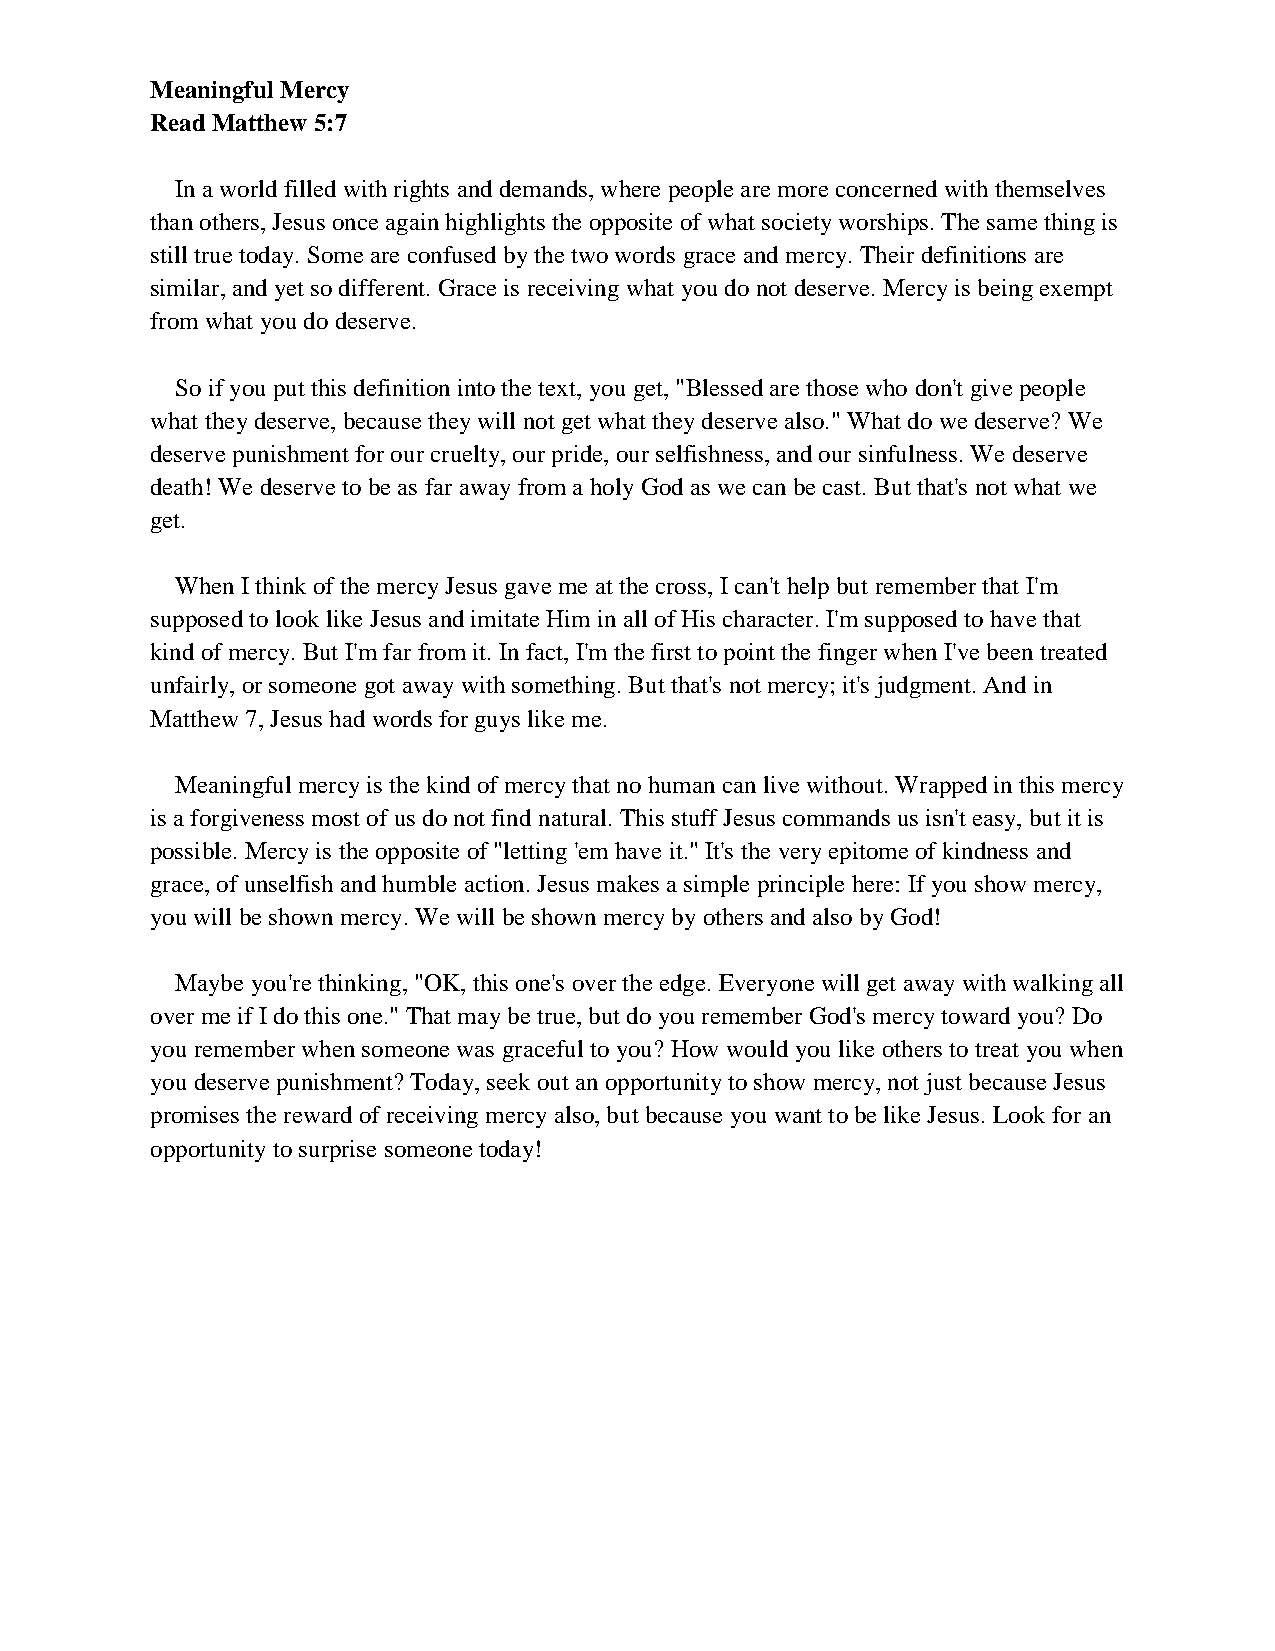
Meaningful Mercy
 Read Matthew 5:7
 In a world filled with rights and demands, where people are more concerned with themselves
 than others, Jesus once again highlights the opposite of what society worships. The same thing is
 still true today. Some are confused by the two words grace and mercy. Their definitions are
 similar, and yet so different. Grace is receiving what you do not deserve. Mercy is being exempt
 from what you do deserve.
 So if you put this definition into the text, you get, "Blessed are those who don't give people
 what they deserve, because they will not get what they deserve also." What do we deserve? We
 deserve punishment for our cruelty, our pride, our selfishness, and our sinfulness. We deserve
 death! We deserve to be as far away from a holy God as we can be cast. But that's not what we
 get.
 When I think of the mercy Jesus gave me at the cross, I can't help but remember that I'm
 supposed to look like Jesus and imitate Him in all of His character. I'm supposed to have that
 kind of mercy. But I'm far from it. In fact, I'm the first to point the finger when I've been treated
 unfairly, or someone got away with something. But that's not mercy; it's judgment. And in
 Matthew 7, Jesus had words for guys like me.
 Meaningful mercy is the kind of mercy that no human can live without. Wrapped in this mercy
 is a forgiveness most of us do not find natural. This stuff Jesus commands us isn't easy, but it is
 possible. Mercy is the opposite of "letting 'em have it." It's the very epitome of kindness and
 grace, of unselfish and humble action. Jesus makes a simple principle here: If you show mercy,
 you will be shown mercy. We will be shown mercy by others and also by God!
 Maybe you're thinking, "OK, this one's over the edge. Everyone will get away with walking all
 over me if I do this one." That may be true, but do you remember God's mercy toward you? Do
 you remember when someone was graceful to you? How would you like others to treat you when
 you deserve punishment? Today, seek out an opportunity to show mercy, not just because Jesus
 promises the reward of receiving mercy also, but because you want to be like Jesus. Look for an
 opportunity to surprise someone today!